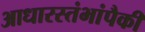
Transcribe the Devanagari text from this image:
आधारस्तंभांपैकी